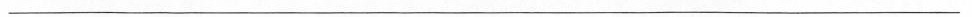
___